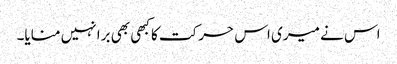
اس نے میری اس حرکت کا کبھی بھی برا نہیں منایا۔